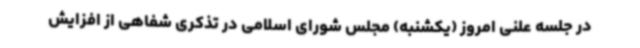
در جلسه علنی امروز (یکشنبه) مجلس شورای اسلامی در تذکری شفاهی از افزایش